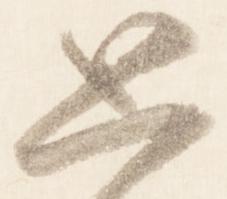
思